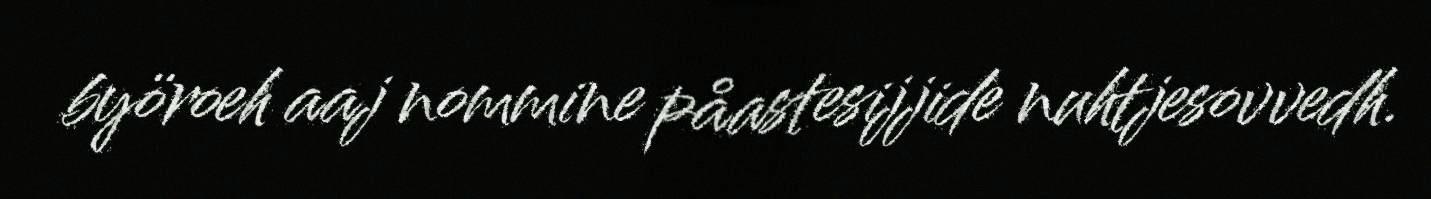
byöroeh aaj nommine påastesijjide nuhtjesovvedh.